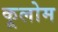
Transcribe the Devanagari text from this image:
कूलोम